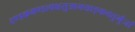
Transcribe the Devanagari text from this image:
दण्डकमण्डल्वक्षसुत्राभयाङ्कचतुर्भुजां